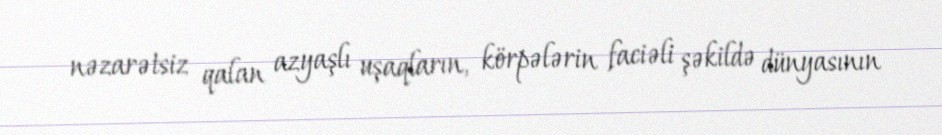
nəzarətsiz qalan azyaşlı uşaqların, körpələrin faciəli şəkildə dünyasının